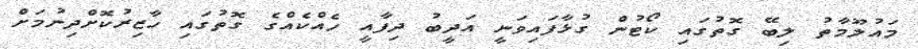
މައުލޫމާތު ލިބޭ ގޮތުގައި ކޯޓުން ގުޅާފައިވަނީ އަދީބު ދިފާއީ ހެއްކެއްގެ ގޮތުގައި ހާޒިރުކޮށްދިނުމަށް